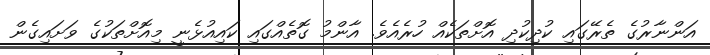
އަންނާރުގެ ތެރޭގައި ކުދިކުދި އޮށްތަކެއް ހުރެއެވެ. އާންމު ގޮތެއްގައި ކައިއުޅެނީ މިއޮށްތަކުގެ ވަށައިގެން